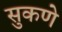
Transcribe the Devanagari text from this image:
सुकणे